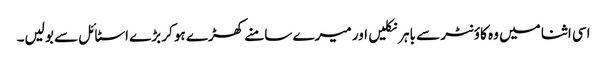
اسی اثنا میں وہ کاؤنٹر سے باہر نکلیں اور میرے سامنے کھڑے ہو کر بڑے اسٹائل سے بولیں۔